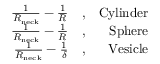
\begin{array} { r l r } { \frac { 1 } { R _ { \mathrm { n e c k } } } - \frac { 1 } { R } } & { , } & { \mathrm { C y l i n d e r } } \\ { \frac { 1 } { R _ { \mathrm { n e c k } } } - \frac { 1 } { R } } & { , } & { \mathrm { S p h e r e } } \\ { \frac { 1 } { R _ { \mathrm { n e c k } } } - \frac { 1 } { \delta } } & { , } & { \mathrm { V e s i c l e } } \end{array}